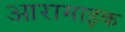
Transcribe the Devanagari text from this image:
आरामाइक